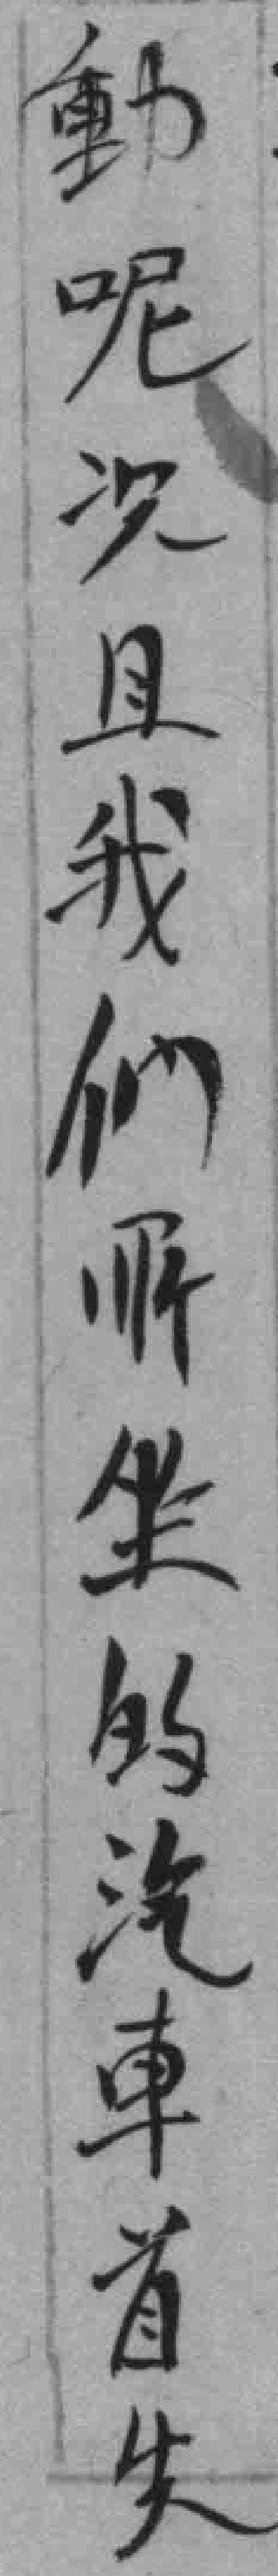
動呢况且我们所坐的汽車首先